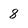
Character: 8